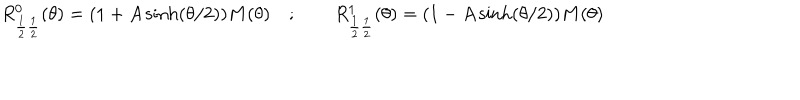
R _ { \frac { 1 } { 2 } \frac { 1 } { 2 } } ^ { 0 } ( \theta ) = ( 1 + A \sinh ( \theta / 2 ) ) M ( \theta ) \quad ; \qquad R _ { \frac { 1 } { 2 } \frac { 1 } { 2 } } ^ { 1 } ( \theta ) = ( 1 - A \sinh ( \theta / 2 ) ) M ( \theta )